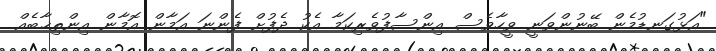
"އަޅުގަނޑުމެން ބޭނުންވަނީ ވީހާވެސް އިންސާފުވެރިކަމާ އެކު ދެފުށް ފެންނަ އަމާން އޮމާން އިންތިޚާބެއް